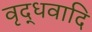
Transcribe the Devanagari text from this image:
वृद्धवादि